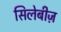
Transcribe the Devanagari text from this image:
सिलेबीज़